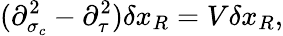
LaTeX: (\partial_{\sigma_{c}}^{2}-\partial_{\tau}^{2})\delta x_{R}=V\delta x_{R},